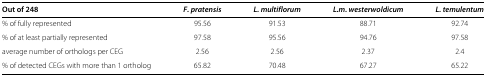
<table><thead><tr><td><b>Out of 248</b></td><td><b><i>F. pratensis</i></b></td><td><b><i>L. multiflorum</i></b></td><td><b><i>L.m. westerwoldicum</i></b></td><td><b><i>L. temulentum</i></b></td></tr></thead><tbody><tr><td>% of fully represented</td><td>95.56</td><td>91.53</td><td>88.71</td><td>92.74</td></tr><tr><td>% of at least partially represented</td><td>97.58</td><td>95.56</td><td>94.76</td><td>97.58</td></tr><tr><td>average number of orthologs per CEG</td><td>2.56</td><td>2.56</td><td>2.37</td><td>2.4</td></tr><tr><td>% of detected CEGs with more than 1 ortholog</td><td>65.82</td><td>70.48</td><td>67.27</td><td>65.22</td></tr></tbody></table>